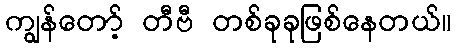
ကျွန်တော့် တီဗီ တစ်ခုခုဖြစ်နေတယ်။